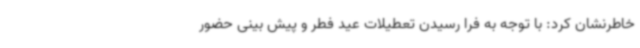
خاطرنشان کرد: با توجه به فرا رسیدن تعطیلات عید فطر و پیش بینی حضور